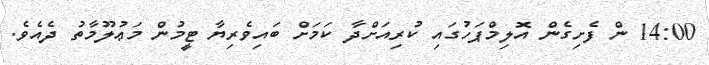
14:00 ން ފެށިގެން އޮލިމްޕަހުގައި ކުރިއަށްދާ ކަމަށް ބައިވެރިޔާ ޓީމުން މަޢުލޫމާތު ދެއެވެ.